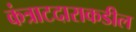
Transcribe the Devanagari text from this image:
कंत्राटदाराकडील